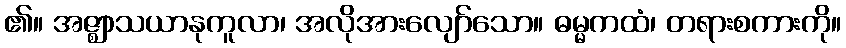
၏။ အဇ္ဈာသယာနုကူလာ၊ အလိုအားလျော်သော။ ဓမ္မကထံ၊ တရားစကားကို။